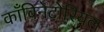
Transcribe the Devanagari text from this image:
काँबिनेटोरियल